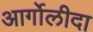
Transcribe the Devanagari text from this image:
आर्गोलीदा